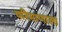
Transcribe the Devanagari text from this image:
परिमाणाला